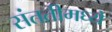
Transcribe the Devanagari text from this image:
संततीमध्ये